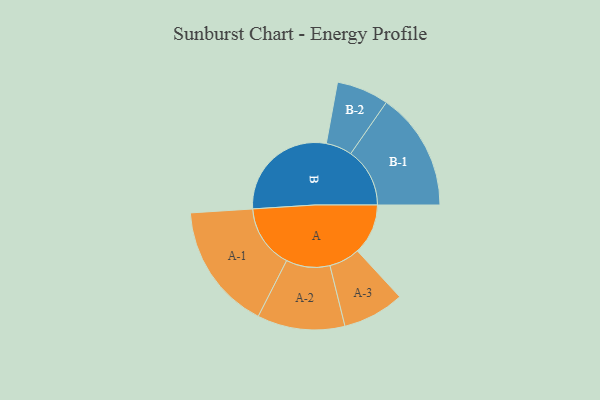
{"axis": {"x": "Segment", "y": "Value"}, "legend": ["", "A", "B"], "data": [{"x": "A", "y": 215, "type": ""}, {"x": "B", "y": 473, "type": ""}, {"x": "A-1", "y": 270, "type": "A"}, {"x": "A-2", "y": 186, "type": "A"}, {"x": "A-3", "y": 131, "type": "A"}, {"x": "B-1", "y": 251, "type": "B"}, {"x": "B-2", "y": 111, "type": "B"}]}